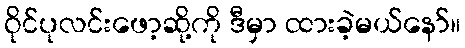
ဝိုင်ပုလင်းဖော့ဆို့ကို ဒီမှာ ထားခဲ့မယ်နော်။